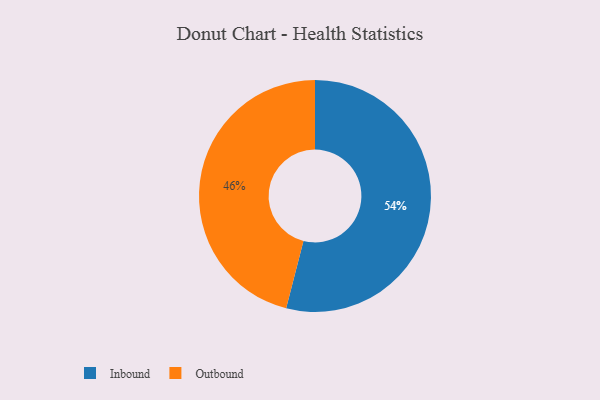
{"axis": {"x": "Category", "y": "Percentage"}, "legend": ["Inbound", "Outbound"], "data": [{"x": "Inbound", "y": 54, "type": "Inbound"}, {"x": "Outbound", "y": 46, "type": "Outbound"}]}